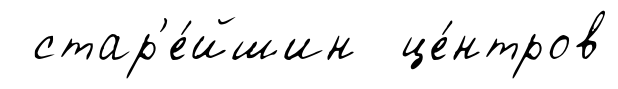
стар'е́йшин це́нтров